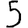
Digit: 5